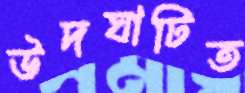
উদঘাটিত